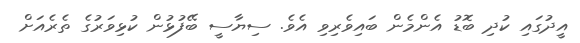
އީދުގައި ކުދި ބޮޑު އެންމެން ބައިވެރިވި އެވެ. ސިޔާސީ ބޭފުޅުން ކުޅިވަރުގެ ތެރެއަށް